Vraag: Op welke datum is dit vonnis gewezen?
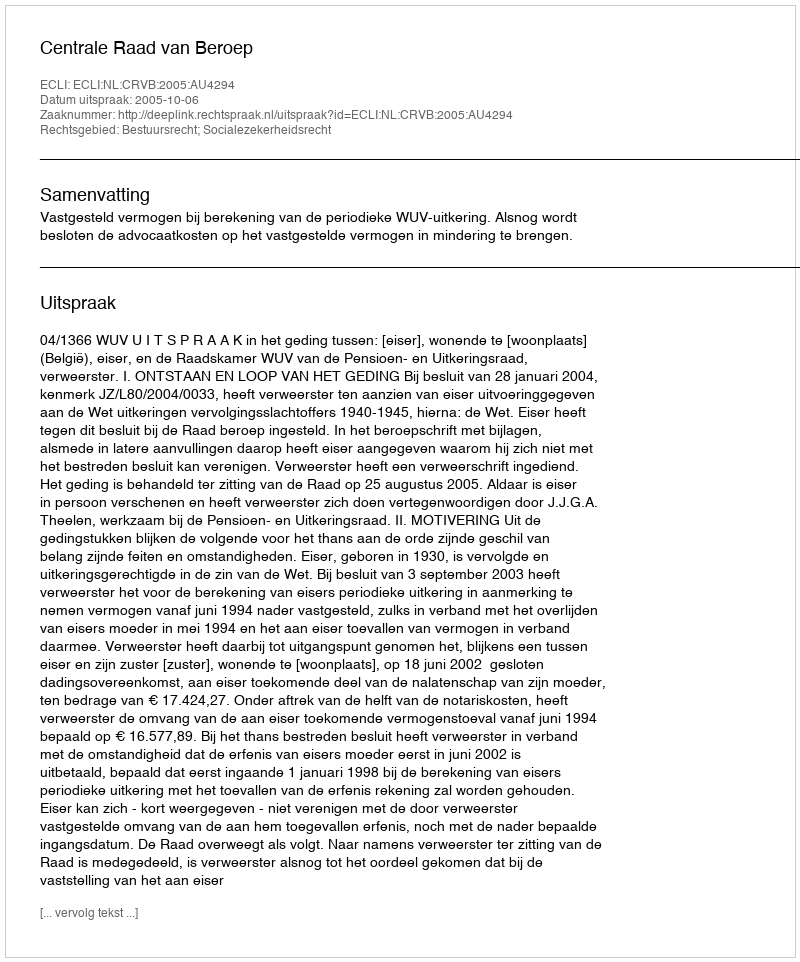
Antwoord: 2005-10-06